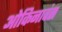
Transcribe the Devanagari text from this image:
ओकिनावंस